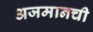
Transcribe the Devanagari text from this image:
अजमानची